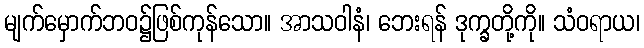
မျက်မှောက်ဘဝ၌ဖြစ်ကုန်သော။ အာသဝါနံ၊ ဘေးရန် ဒုက္ခတို့ကို။ သံဝရာယ၊